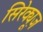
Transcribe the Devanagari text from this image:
सिरेक्यूज़